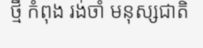
ថ្មី កំពុង រង់ចាំ មនុស្សជាតិ